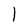
Character: l